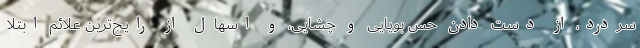
سردرد، از دست دادن حس بویایی و چشایی، و اسهال از رایج‌ترین علائم ابتلا